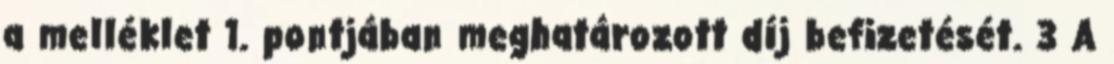
a melléklet 1. pontjában meghatározott díj befizetését. 3 A